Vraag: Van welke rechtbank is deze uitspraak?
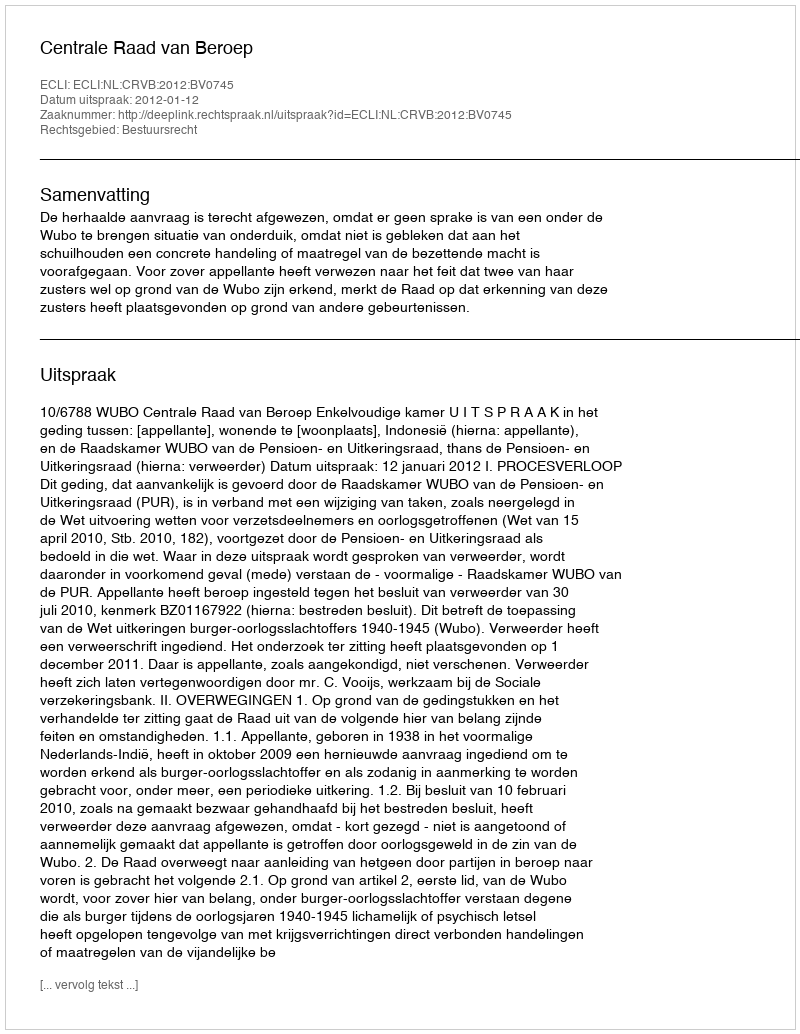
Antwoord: Centrale Raad van Beroep